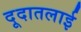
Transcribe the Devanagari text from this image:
दूदातलाई